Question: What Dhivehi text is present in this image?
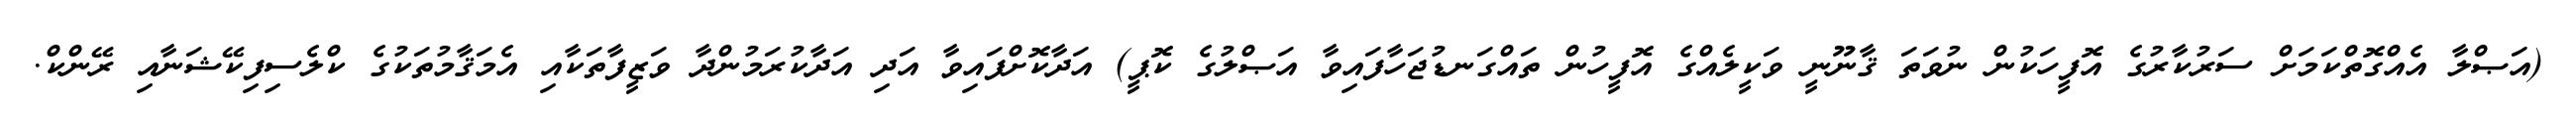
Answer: (އަޞްލާ އެއްގޮތްކަމަށް ސަރުކާރުގެ އޮފީހަކުން ނުވަތަ ޤާނޫނީ ވަކީލެއްގެ އޮފީހުން ތައްގަނޑުޖަހާފައިވާ އަޞްލުގެ ކޮޕީ) އަދާކޮށްފައިވާ އަދި އަދާކުރަމުންދާ ވަޒީފާތަކާއި އެމަޤާމުތަކުގެ ކްލެސިފިކޭޝަނާއި ރޭންކް.